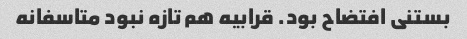
بستنی افتضاح بود. قرابیه هم تازه نبود متاسفانه